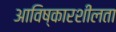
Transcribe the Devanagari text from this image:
आविष्कारशीलता